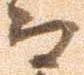
而